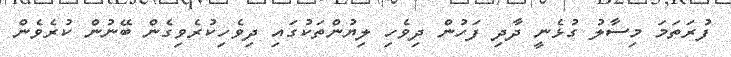
ފުރަތަމަ މިސާލު ގުޅެނީ ދާދި ފަހުން ދިވެހި ލިޔުންތަކުގައި ދިވެހިކުރެވިގެން ބޭނުން ކުރެވެން